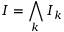
I = \bigwedge _ { k } I _ { k }